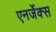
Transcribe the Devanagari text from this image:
एनर्जेक्स